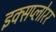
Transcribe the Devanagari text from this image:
इक्सप्लोरर